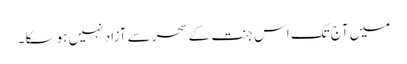
میں آج تک اس جنت کے سحر سے آزاد نہیں ہو سکا ۔